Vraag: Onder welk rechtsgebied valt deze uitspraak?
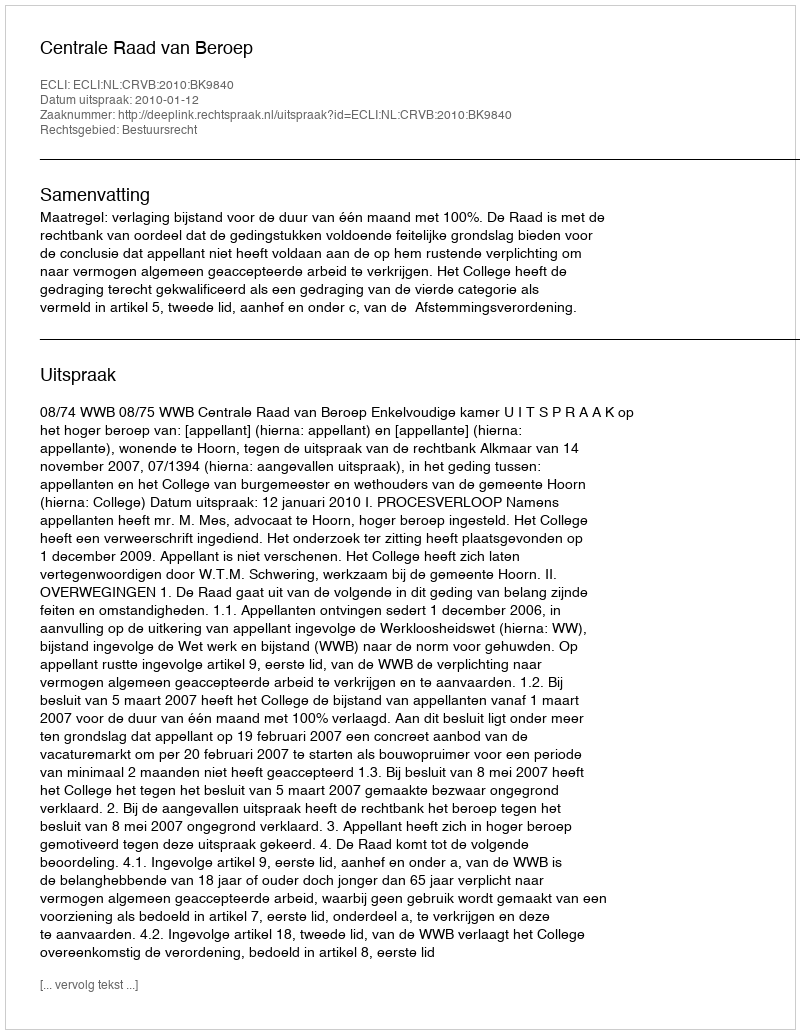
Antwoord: Bestuursrecht